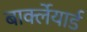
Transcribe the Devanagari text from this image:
बार्क्लेयार्ड